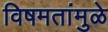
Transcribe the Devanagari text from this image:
विषमतांमुळे